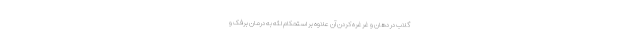
گلاب در دهان و غرغره کردن آن علاوه بر استحکام لثه به درمان برفک و